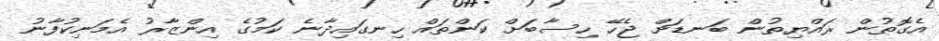
އެގޮތުން ރައްޔިތުން ބަނޑަށް ޖެހޭ ހިސާބަށް ކަންތައް ހިނގައިދާނެ ކަމުގެ އިންޒާރު އެމަނިކުފާނު